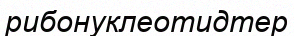
рибонуклеотидтер